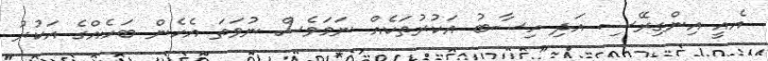
އެއީ އިންގިރޭސި އަދި ހިސާބު އަކުރުތަކެއް ނަމަވެސް ނުވަތަ އެހެން ބަހެއްގެ އަކުރު